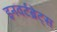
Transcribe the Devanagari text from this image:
इनवर्टब्रेट्स